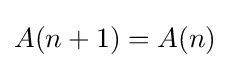
A(n+1)=A(n)